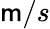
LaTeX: \mathsf{m}/s